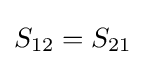
S_{12}=S_{21}